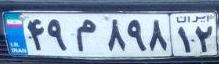
۴۹م۸۹۸۱۲